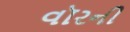
વૉરની